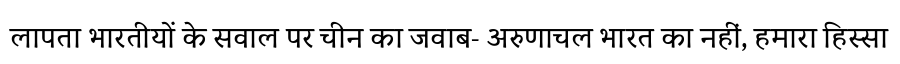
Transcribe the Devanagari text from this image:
लापता भारतीयों के सवाल पर चीन का जवाब- अरुणाचल भारत का नहीं, हमारा हिस्सा